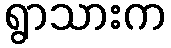
ရွာသားက